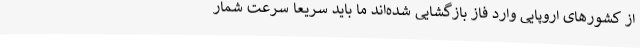
از کشورهای اروپایی وارد فاز بازگشایی شده‌اند ما باید سریعا سرعت شمار